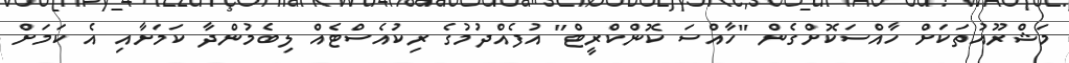
މަޝްރޫއުތަކަށް ހާއްސަކޮށްގެން "ހާއްސަ ކޮންކްރީޓް" އުފެއްދުމުގެ ރިކުއެސްޓެއް ލިބެމުންދާ ކަމަށާއި އެ ކަމަށް